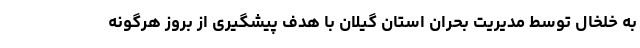
به خلخال توسط مدیریت بحران استان گیلان با هدف پیشگیری از بروز هرگونه